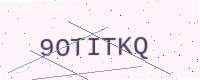
Text: 9OTITKQ